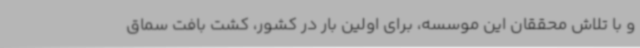
و با تلاش محققان این موسسه، برای اولین بار در کشور، کشت بافت سماق